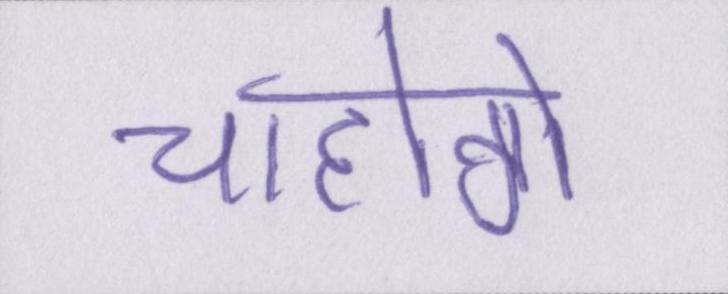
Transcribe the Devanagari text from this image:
चाहोगे